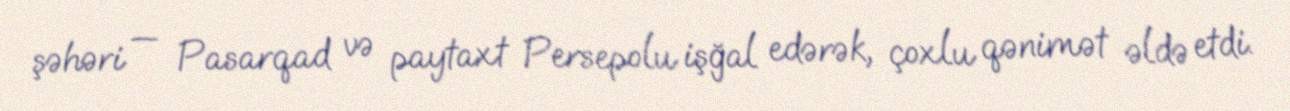
şəhəri — Pasarqad və paytaxt Persepolu işğal edərək, çoxlu qənimət əldə etdi.